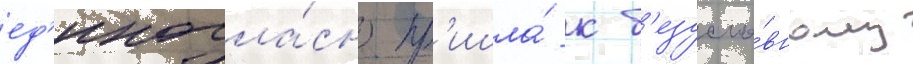
ед'иногла́сно пр'ишла́ к б'езусло́вному